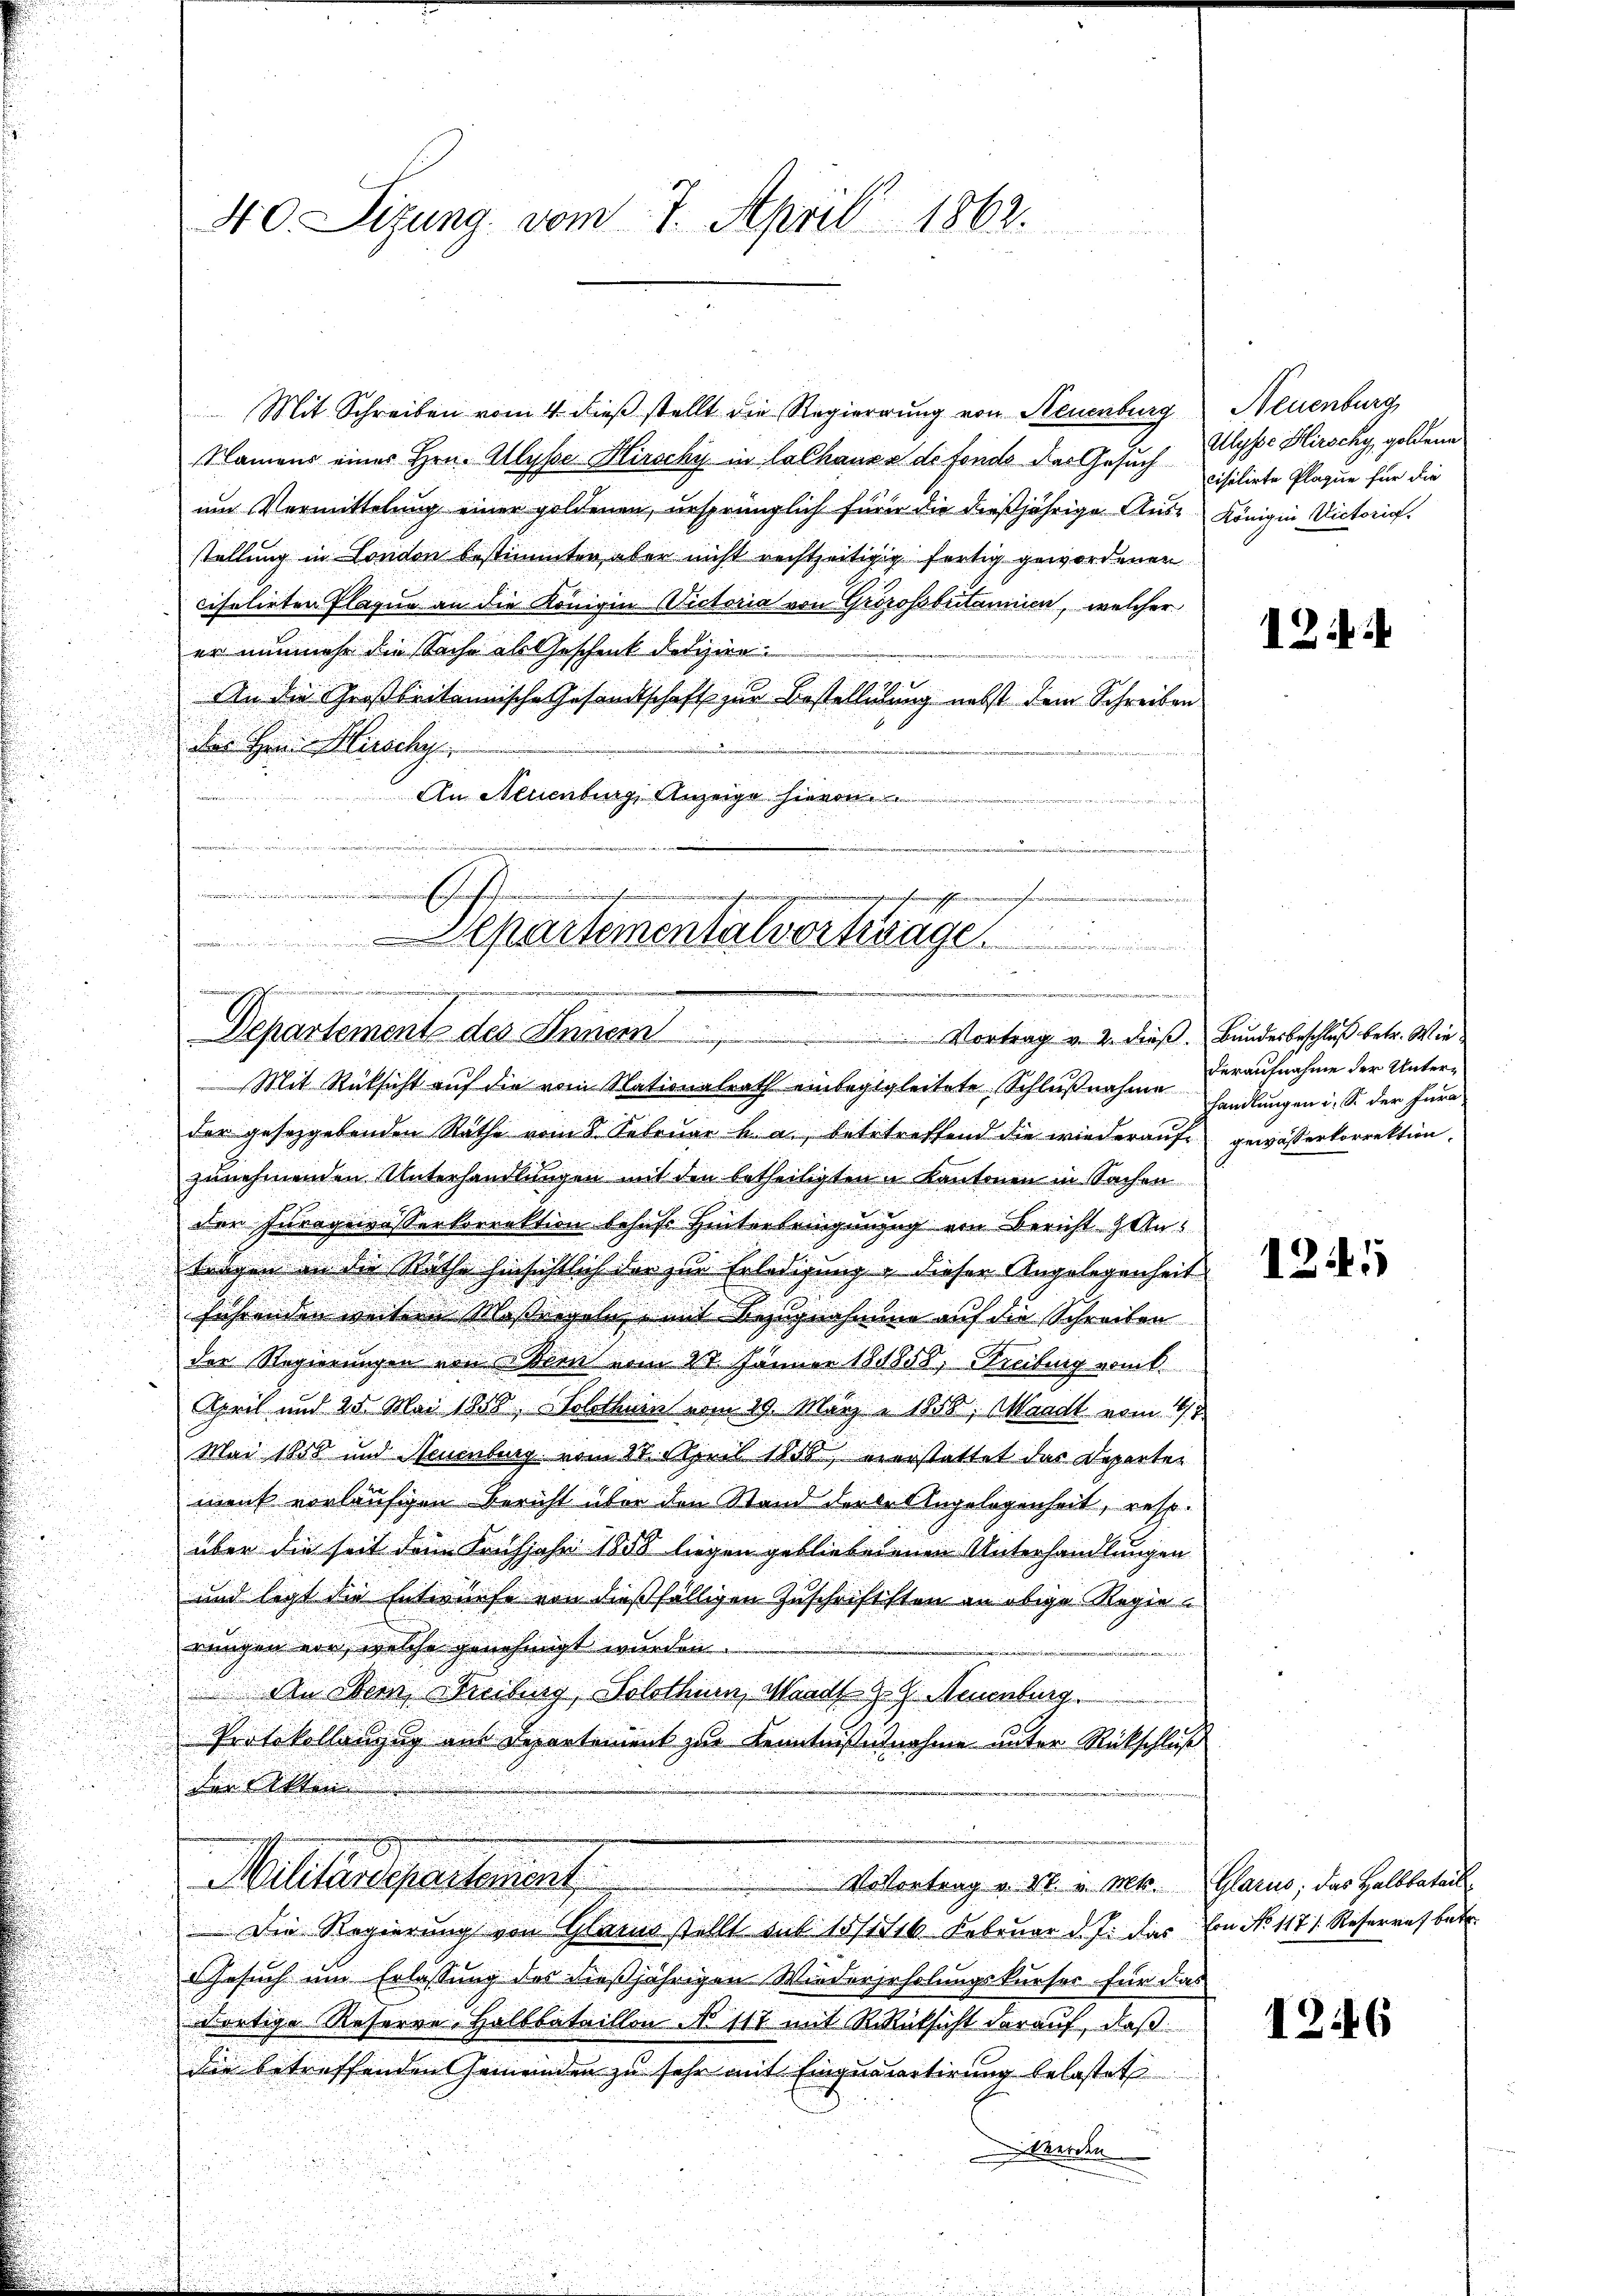
Mit Schreiben vom 4. dieß stellt die Regierung von Neuenburg
Namens einer Hrn. Allysse Hirschy in lalhause de fondo der Gesuch
um Vermittelung einer goldenen, ursprünglich fürer die dießjährige Aus Königin Victoria.
stellung in London bestimmten, aber nicht rechtzeitigig fertig gewordenen
cisulirten Flagen an die Königin Victoria von Grörossbritanien, welcher
er nunmehr die Sache es geschenk derger¬
An die Großbritannische Gesandtschaft zur Bestelligung nebst dem Schreiben
des Hrn. Hirschy
An Neuenburg Anzeige hievon

A
h
e
ain de
.

40. Sizung vom 7. April 1862.

Separtementalvortrage
25

.
Departement des Innern Vortrag v. 2. dieß. Bundesbeschluß betr. Wie¬

Neuenburg,
Ulysse Hirschy, goldene
cisitirte Plaque für die

Mit Rüksicht auf die vom Nationalrath einbeglgleitete Schlußnahme handlungen i. S. der Jura
der gesetzgebenden Räthe vom 8. Febrŭar a. a., betetreffend die wiederaŭf gewässerkorrektion.
zunehmenden Unterhandlungen mit den betheiligten u Kantonen in Sachen
der Furrgewässerkorrektion behufs Hinterbringungg von Bericht An¬

tragen in die Rathe hinsichtlich der zur Erledigung & dieser Angelegenheit

u
u
führenden weiteren Massregeln, mit Bezugnahmung auf die Schreiben
u
der Regierungen von Wien vom 21. Jänner 181858, Freiburg vom k.
April und 25. Mai 1858, Solothurn vom 19. März a. 1858, Waadt vom 4
Mai 1858 und Neuenburg vom 27. April 1858, verstattet das Departen
maut vorläufigen Bericht über den Stand der den Angelegenheit, resp.
über die seit dem Krühjahr 1858 liegen gebliebenenen Unterhandlungen
und legt die Entwurfe von dießfälligen Zuschriftsten an obige Regierungen vor, welche genehmigt wurden.
An Obern Freiburg, Solothur, Waadt 9. Neuenburg
Protokollenzug aus Departement zur Kenntnißesnahme unter Rückschluß
der Akten
Allaudepartenant,
Vovortrag v. M. v. Mts. Glarus; das Halbbatail¬
Die Regierung von Glarus stellt sub 15/1116. Februar d. J. das von No 1171. Reserrat bet
Gesuch um Erlassung des dießjährigen Wiedergeholungskurses für das
dortige Referne Halbbataillon No 117 mit Rüksicht darauf, daß
Die betreffenden Gemeinden zu sehr mit Einquartirung belastet
Werden

12.

deraufnahme der Unter¬

1241

1246